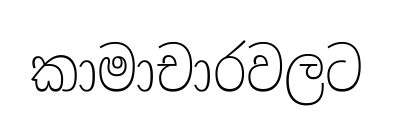
කාමාචාරවලට